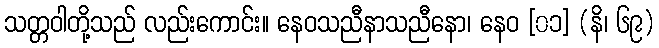
သတ္တဝါတို့သည် လည်းကောင်း။ နေဝသညီနာသညီနော၊ နေဝ [၀၁] (နိ၊ ၆၉)